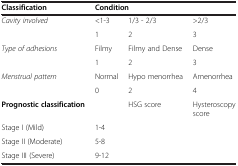
<table><thead><tr><td><b>Classification</b></td><td colspan="3"><b>Condition</b></td></tr></thead><tbody><tr><td><i>Cavity involved</i></td><td>&lt;1-3</td><td>1/3 - 2/3</td><td>&gt;2/3</td></tr><tr><td> </td><td>1</td><td>2</td><td>3</td></tr><tr><td><i>Type of adhesions</i></td><td>Filmy</td><td>Filmy and Dense</td><td>Dense</td></tr><tr><td> </td><td>1</td><td>2</td><td>3</td></tr><tr><td><i>Menstrual pattern</i></td><td>Normal</td><td>Hypo menorrhea</td><td>Amenorrhea</td></tr><tr><td> </td><td>0</td><td>2</td><td>4</td></tr><tr><td><b>Prognostic classification</b></td><td> </td><td>HSG score</td><td>Hysteroscopy score</td></tr><tr><td>Stage I (Mild)</td><td colspan="3">1-4</td></tr><tr><td>Stage II (Moderate)</td><td colspan="3">5-8</td></tr><tr><td>Stage III (Severe)</td><td colspan="3">9-12</td></tr></tbody></table>